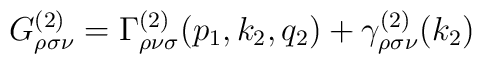
G_{\rho \sigma \nu }^{(2)}=\Gamma _{\rho \nu \sigma}^{(2)}(p_1,k_2,q_2)+\gamma _{\rho \sigma \nu }^{(2)}(k_2)